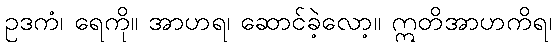
ဥဒကံ၊ ရေကို။ အာဟရ၊ ဆောင်ခဲ့လော့။ ဣတိအာဟကိရ၊